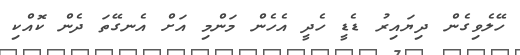
ހޭލެވިގެން ދިޔައިރު ޑެޑީ ހެދީ އެހެން މަންމި އަށް އެނގޭތަ ދެން ކޮއްކި